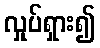
လှုပ်ရှား၍